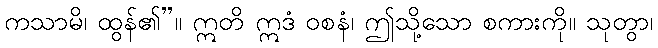
ကသာမိ၊ ထွန်၏”။ ဣတိ ဣဒံ ဝစနံ၊ ဤသို့သော စကားကို။ သုတွာ၊